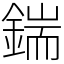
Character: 鍴